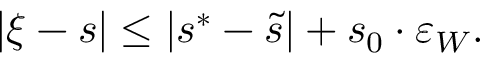
| \xi - s | \leq | s ^ { * } - \widetilde s | + s _ { 0 } \cdot \varepsilon _ { W } .